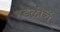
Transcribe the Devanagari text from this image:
हडळीचें